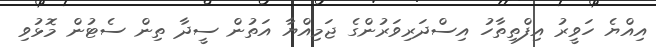
އިއްޔެ ހަވީރު އިފްތިތާހު އިސްދަރިވަރުންގެ ޖަމިއްޔާ އަތުން ސީދާ ތިން ސެޓުން މޮޅުވި